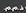
ذ . م . م